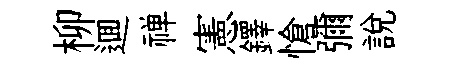
柳逥禅憲鐸愴彌說